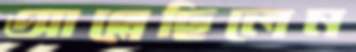
আগ্‌লেছিলেন